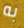
به